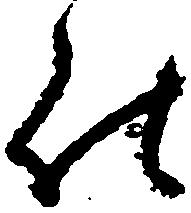
仕